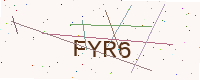
Text: FYR6